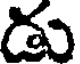
డు